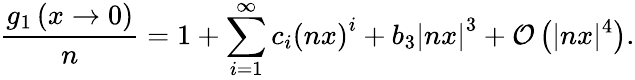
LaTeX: \frac{g_{1}\left(x\to 0\right)}{n}=1+\sum_{i=1}^{\infty}c_{i}\left(nx\right)^{i}+b_{3}\left|nx\right|^{3}+\mathcal{O}\left(|nx|^{4}\right).